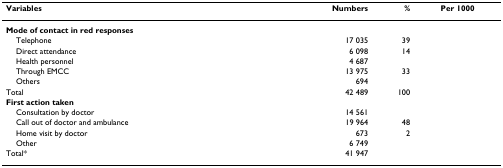
<table><thead><tr><td><b>Variables</b></td><td><b>Numbers</b></td><td><b>%</b></td><td><b>Per 1000</b></td></tr></thead><tbody><tr><td><b>Mode of contact in red responses</b></td><td>[EMPTY_CELL]</td><td>[EMPTY_CELL]</td><td>[EMPTY_CELL]</td></tr><tr><td> Telephone</td><td>17 035</td><td>39</td><td>[EMPTY_CELL]</td></tr><tr><td> Direct attendance</td><td>6 098</td><td>14</td><td>[EMPTY_CELL]</td></tr><tr><td> Health personnel</td><td>4 687</td><td>[EMPTY_CELL]</td><td>[EMPTY_CELL]</td></tr><tr><td> Through EMCC</td><td>13 975</td><td>33</td><td>[EMPTY_CELL]</td></tr><tr><td> Others</td><td>694</td><td>[EMPTY_CELL]</td><td>[EMPTY_CELL]</td></tr><tr><td>Total</td><td>42 489</td><td>100</td><td>[EMPTY_CELL]</td></tr><tr><td><b>First action taken</b></td><td>[EMPTY_CELL]</td><td>[EMPTY_CELL]</td><td>[EMPTY_CELL]</td></tr><tr><td> Consultation by doctor</td><td>14 561</td><td>[EMPTY_CELL]</td><td>[EMPTY_CELL]</td></tr><tr><td> Call out of doctor and ambulance</td><td>19 964</td><td>48</td><td>[EMPTY_CELL]</td></tr><tr><td> Home visit by doctor</td><td>673</td><td>2</td><td>[EMPTY_CELL]</td></tr><tr><td> Other</td><td>6 749</td><td>[EMPTY_CELL]</td><td>[EMPTY_CELL]</td></tr><tr><td>Total*</td><td>41 947</td><td>[EMPTY_CELL]</td><td>[EMPTY_CELL]</td></tr></tbody></table>